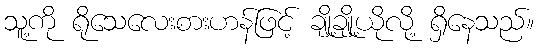
သူ့ကို ရိုသေလေးစားဟန်ဖြင့် ချို့ချို့ယိုလို့ ရှိနေသည်။